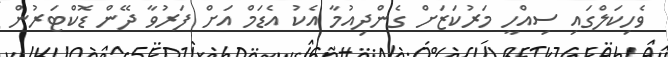
ވެހިކަލްގައި ސިއްހީ މަރުކަޒަށް ގެންދިއުމާ އެކު އެޑަމް އަށް ފަރުވާ ދޭން ޑޮކްޓަރުން